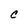
Character: C